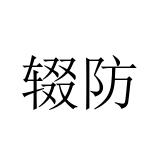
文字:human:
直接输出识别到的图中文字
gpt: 辍防